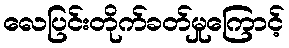
လေပြင်းတိုက်ခတ်မှုကြောင့်